Lunatic asylums Burma 1922-24 - 1922-1924
Year: 1922
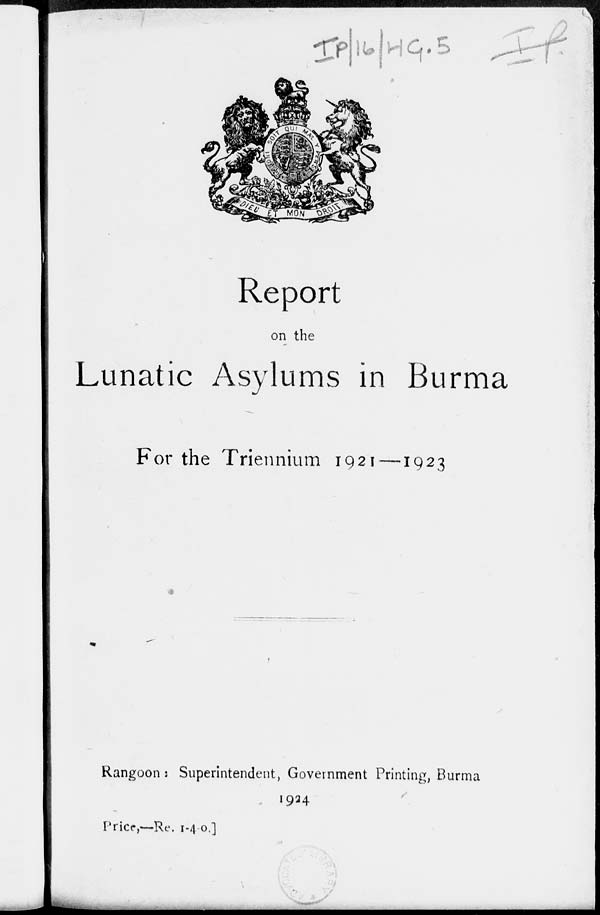
Report
on the
Lunatic Asylums in Burma
For the Triennium 1921 —1923
Rangoon : Superintendent, Government Printing, Burma
1924
Price,—Re. 1-4-0.]